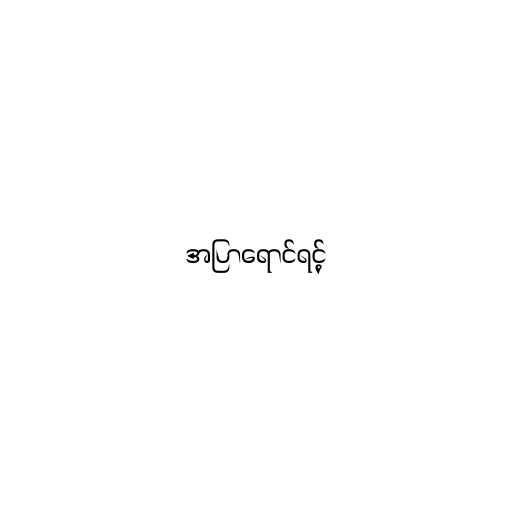
အပြာရောင်ရင့်